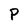
Character: P